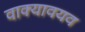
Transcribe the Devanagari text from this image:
वाक्यावयव